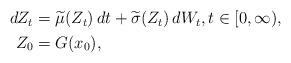
LaTeX: \begin{align*}\begin{aligned}dZ_t & = \widetilde\mu(Z_t) \, dt + \widetilde\sigma(Z_t) \, dW_t, t\in [0,\infty),\\Z_0 & = G(x_0),\end{aligned}\end{align*}